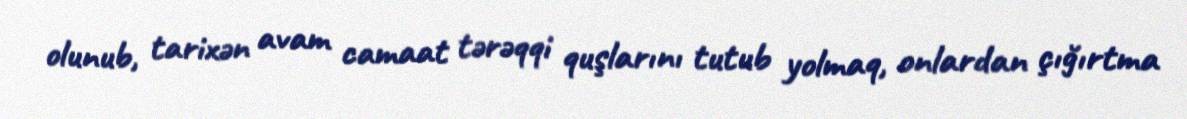
olunub, tarixən avam camaat tərəqqi quşlarını tutub yolmaq, onlardan çığırtma